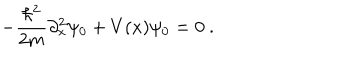
LaTeX: - { \frac { \hbar ^ { 2 } } { 2 m } } \partial _ { x } ^ { 2 } \psi _ { 0 } + V ( x ) \psi _ { 0 } = 0 ~ .